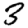
Digit: 3